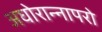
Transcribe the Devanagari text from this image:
अघोरान्नापरो